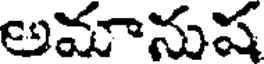
అమానుష